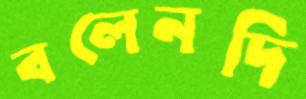
বলেনদি